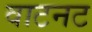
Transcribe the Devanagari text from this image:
वाटनट